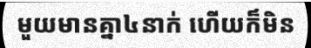
មួយមានគ្នា៤នាក់ ហើយក៏មិន